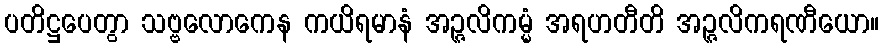
ပတိဋ္ဌပေတွာ သဗ္ဗလောကေန ကယိရမာနံ အဉ္ဇလိကမ္မံ အရဟတီတိ အဉ္ဇလိကရဏီယော။